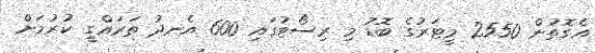
އެގޮތުން 2550 މީޓަރުގެ ބޮޑު މި ރިސޯޓުގައި 600 އެނދު ތަރައްގީ ކުރުމަށް